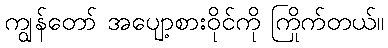
ကျွန်တော် အပျော့စားဝိုင်ကို ကြိုက်တယ်။